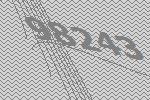
98243